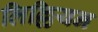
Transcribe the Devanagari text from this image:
लिल्लियन